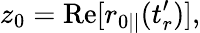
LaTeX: z_{0}=\mathrm{Re}[r_{0||}(t_{r}^{\prime})],